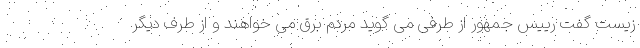
زیست گفت رییس جمهور از طرفی می گوید مردم برق می خواهند و از طرف دیگر